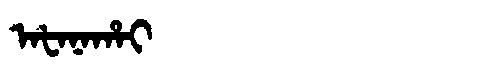
Manchu: ᠠᡶᠠᠨᠠᡥᠠᡳ
Romanization: AFANAHAI